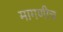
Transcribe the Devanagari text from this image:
मागणीच